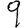
Digit: 9